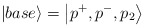
\begin{align*}\left| base\right\rangle =\left| p^{+},p^{-},p_{2}\right\rangle\end{align*}